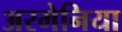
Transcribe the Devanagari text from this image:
अरमेनिया